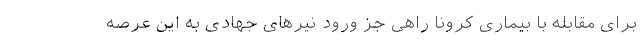
برای مقابله با بیماری کرونا راهی جز ورود نیرهای جهادی به این عرصه